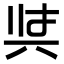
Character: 𭁇